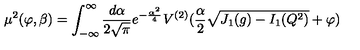
\mu ^ { 2 } ( \varphi , \beta ) = \int _ { - \infty } ^ { \infty } { \frac { d \alpha } { 2 \sqrt { \pi } } } e ^ { - { \frac { \alpha ^ { 2 } } { 4 } } } V ^ { ( 2 ) } ( { \frac { \alpha } { 2 } } \sqrt { J _ { 1 } ( g ) - I _ { 1 } ( Q ^ { 2 } ) } + \varphi )